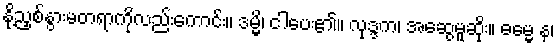
နို့ညှစ်နွားမတရာကိုလည်းကောင်း။ ဒမ္မိ၊ ငါပေး၏။ လုဒ္ဒက၊ အဆွေမူဆိုး။ ဓမ္မေ န၊